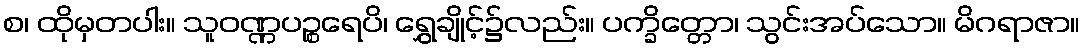
စ၊ ထိုမှတပါး။ သူဝဏ္ဏပဉ္စရေပိ၊ ရွှေချိုင့်၌လည်း။ ပက္ခိတ္တော၊ သွင်းအပ်သော။ မိဂရာဇာ။